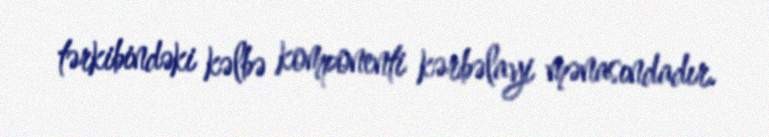
tərkibindəki kəlbə komponenti kərbəlayi mənasındadır.